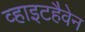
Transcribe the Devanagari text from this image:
व्हाइटहैवेन